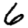
Digit: 6